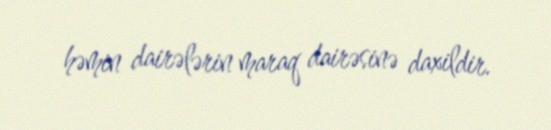
həmin dairələrin maraq dairəsinə daxildir.